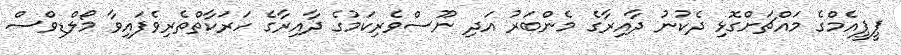
ޕީޕީއެމްގެ މައްޗަށްގޮޅި ދެކުނު ދާއިރާގެ މެންބަރު އަދި ނޫސްވެރިކަމުގެ ދާއިރާގެ ހަރަކާތްތެރިވެފައިވާ މޯލްޑިވްސް